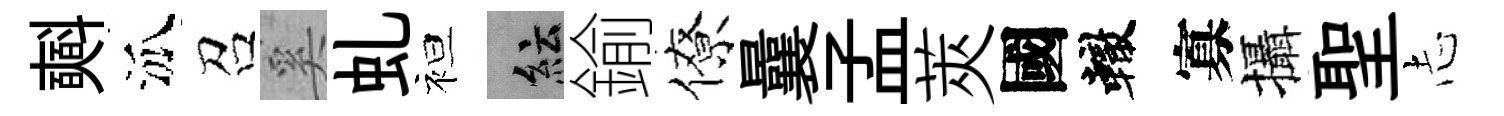
𣂏泒召奚虬袒紜鍮僚曩孟莢國轍寡攝聖𢖽